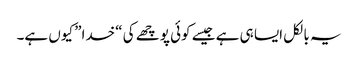
یہ بالکل ایسا ہی ہے جیسے کوئی پوچھے کی “خدا” کیوں ہے۔